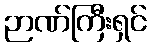
ဉာဏ်ကြီးရှင်